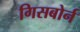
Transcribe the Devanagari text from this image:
गिसबोर्न